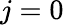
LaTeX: j=0